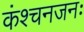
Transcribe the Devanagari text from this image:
कंश्चनजनः